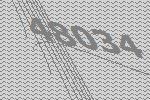
48034